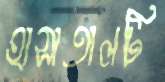
হাসাতালটি